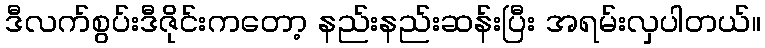
ဒီလက်စွပ်းဒီဇိုင်းကတော့ နည်းနည်းဆန်းပြီး အရမ်းလှပါတယ်။